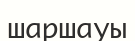
шаршауы